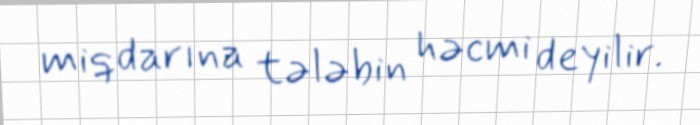
miqdarına tələbin həcmi deyilir.